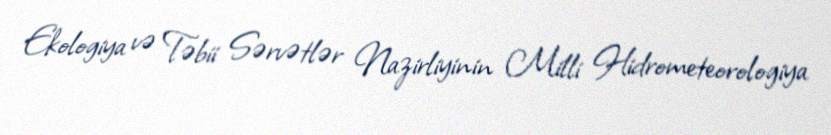
Ekologiya və Təbii Sərvətlər Nazirliyinin Milli Hidrometeorologiya